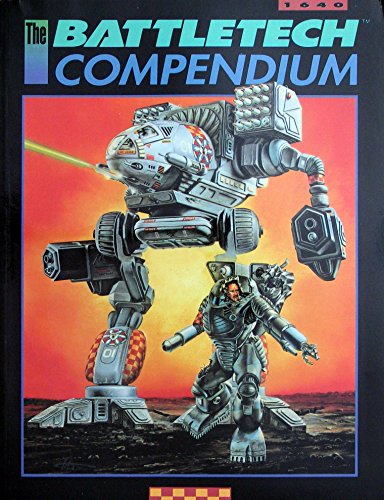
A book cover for The Battletech Compendium; FASA Corporation; Science Fiction & Fantasy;